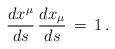
LaTeX: \begin{align*}\frac{dx^\mu}{ds}\,\frac{d x_\mu}{ds}\,=\,1\,{.}\end{align*}